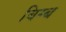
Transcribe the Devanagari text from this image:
बिम्‍ब